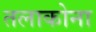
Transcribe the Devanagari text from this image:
तलाकोना